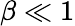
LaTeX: \beta\ll 1